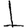
Digit: 1